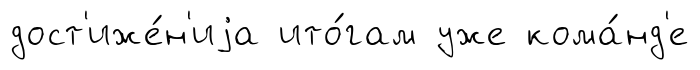
дост'иже́н'иjа ито́гам уже кома́нд'е